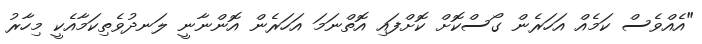
"އެއްވެސް ކަމެއް އަހަރެން ގޯސްކޮށް ކޮށްފައި އޮތްނަމަ އަހަރެން އޮންނާނީ ލަނދުވެތިކަމާއެކީ މިހާރު